Lunatic asylums Central Provinces reports 1874-1885 - 1874-1885
Year: 1874
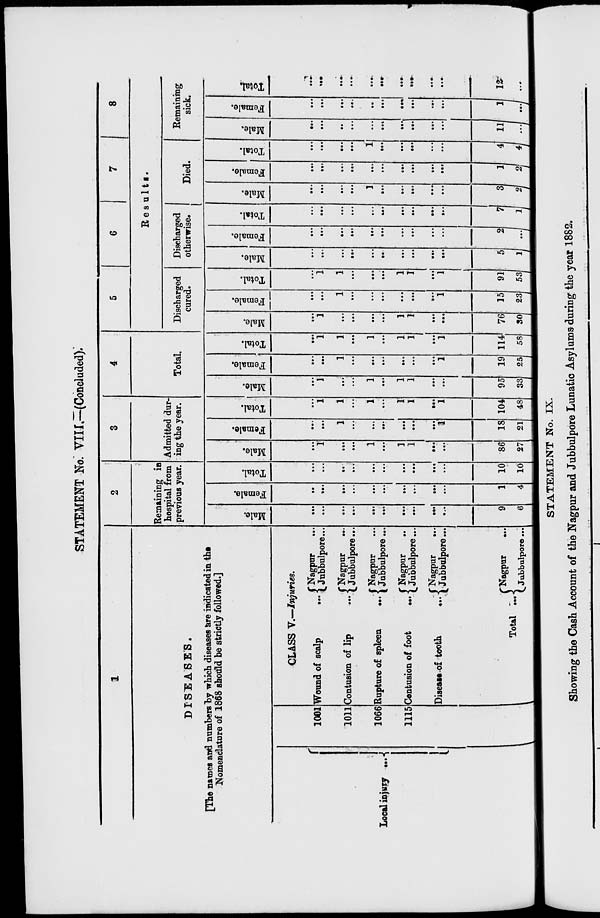
STATEMENT No. VIII.—(Concluded).
1
DISEASES.
[The names and numbers by which diseases are indicated in the
Nomenclature of 1868 should be strictly followed.]
Local injury
...
1001
1011
1066
1115
CLASS V.—Injuries.
Wound of scalp
...
Contusion of lip ...
Rupture of spleen ...
Contusion of foot
...
Disease of tooth
...
Total
...
Nagpur ...
Jubbulpore...
Nagpur ...
Jubbulpore...
Nagpur ...
Jubbulpore...
Nagpur ...
Jubbulpore...
Nagpur
...
Jubbulpore ...
Nagpur
...
Jubbulpore ...
2
Remaining in
hospital from
previous year.
Male.
...
...
...
...
...
...
...
...
...
...
9
6
Female.
...
...
...
...
...
...
...
...
...
...
1
4
Total.
...
...
...
...
...
...
...
...
...
...
10
10
3
Admitted dur-
ing the year.
Male.
...
1
...
...
1
...
1
1
...
...
86
27
Female.
...
...
1
...
...
...
...
...
...
1
18
21
Total.
...
1
1
...
1
...
1
1
...
1
104
48
4
Total.
Male.
...
1
...
...
1
...
1
1
...
...
95
33
Female.
...
...
1
...
...
...
...
...
...
1
19
25
Total.
...
1
1
...
1
...
1
1
...
1
114
58
5
6
7
8
Results.
Discharged
cured.
Male.
...
1
...
...
...
...
1
1
...
...
76
30
Female.
...
...
1
...
...
...
...
...
...
1
15
23
Total.
...
1
1
...
...
...
1
1
...
1
91
53
Discharged
otherwise.
Male.
...
...
...
...
...
...
...
...
...
...
5
1
Female.
...
...
...
...
...
...
...
...
...
...
2
...
Total.
...
...
...
...
...
...
...
...
...
...
7
1
Died.
Male.
...
...
...
...
1
...
...
...
...
...
3
2
Female.
...
...
...
...
...
...
...
...
...
...
1
2
Total.
...
...
...
...
1
...
...
...
...
...
4
4
Remaining
sick.
Male.
...
...
...
...
...
...
...
...
...
...
11
...
Female.
...
...
...
...
...
...
...
...
...
...
1
...
Total.
...
...
...
...
...
...
...
...
...
...
12
...